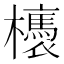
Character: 𣟊